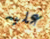
عليه